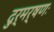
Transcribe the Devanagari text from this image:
दुर्मर्षणः